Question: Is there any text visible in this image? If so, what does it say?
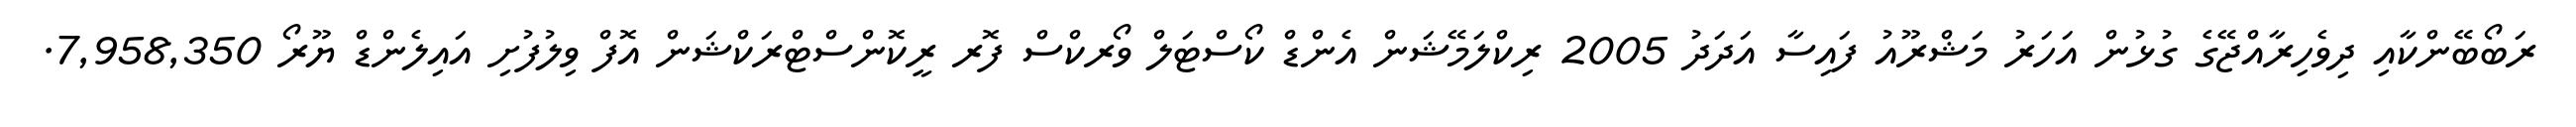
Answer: ރަބޯބޭންކާއި ދިވެހިރާއްޖޭގެ ގުޅުން އަހަރު މަޝްރޫއު ފައިސާ އަދަދު 2005 ރިކްލަމޭޝަން އެންޑް ކޯސްޓަލް ވޯރކްސް ފޮރ ރީކޮންސްޓްރަކްޝަން އޮފް ވިލުފުށި އައިލެންޑް ޔޫރޯ 7,958,350.